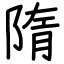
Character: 隋